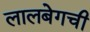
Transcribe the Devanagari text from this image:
लालबेगची